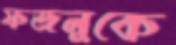
ফজলুকে